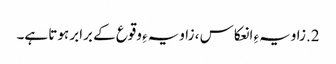
2.زاویہءِ انعکاس ، زاویہءِ وقوع کے برابر ہوتا ہے۔